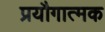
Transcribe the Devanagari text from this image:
प्रयौगात्मक